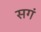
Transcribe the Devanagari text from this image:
सगं